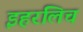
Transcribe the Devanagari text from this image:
इहरलिच